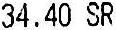
34.40 SR